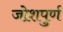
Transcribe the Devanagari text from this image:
जोशपुर्ण